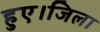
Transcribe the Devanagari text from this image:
हुए।जिला